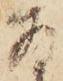
存